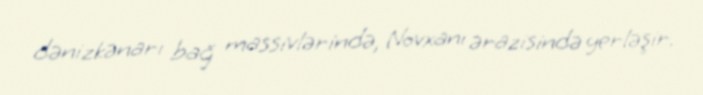
dənizkənarı bağ massivlərində, Novxanı ərazisində yerləşir.